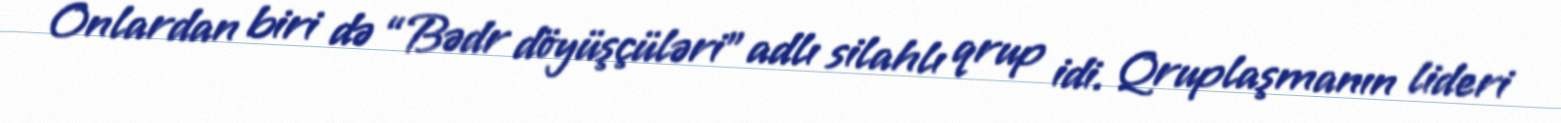
Onlardan biri də “Bədr döyüşçüləri” adlı silahlı qrup idi. Qruplaşmanın lideri